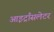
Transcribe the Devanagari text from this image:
आइट्राँसलेटर